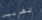
تهربين